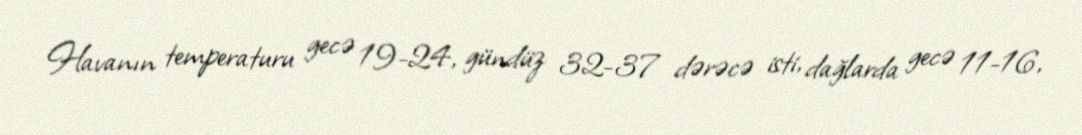
Havanın temperaturu gecə 19-24, gündüz 32-37 dərəcə isti, dağlarda gecə 11-16,